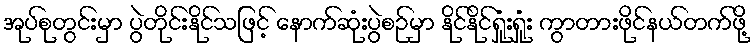
အုပ်စုတွင်းမှာ ပွဲတိုင်းနိုင်သဖြင့် နောက်ဆုံးပွဲစဉ်မှာ နိုင်နိုင်ရှုံးရှုံး ကွာတားဖိုင်နယ်တက်ဖို့